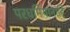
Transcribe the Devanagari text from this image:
परधर्मियांनाहि